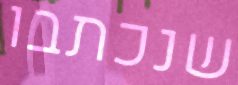
שנכתבו